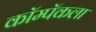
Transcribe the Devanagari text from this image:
कॉम्पॅकला